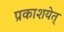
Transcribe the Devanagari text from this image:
प्रकाशयेत्